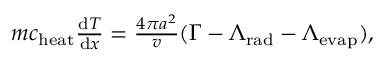
\begin{array} { r } { m c _ { \mathrm { h e a t } } \frac { \mathrm { d } T } { \mathrm { d } x } = \frac { 4 \pi a ^ { 2 } } { v } ( \Gamma - \Lambda _ { \mathrm { r a d } } - \Lambda _ { \mathrm { e v a p } } ) , } \end{array}